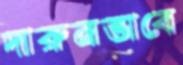
দারুনভাবে